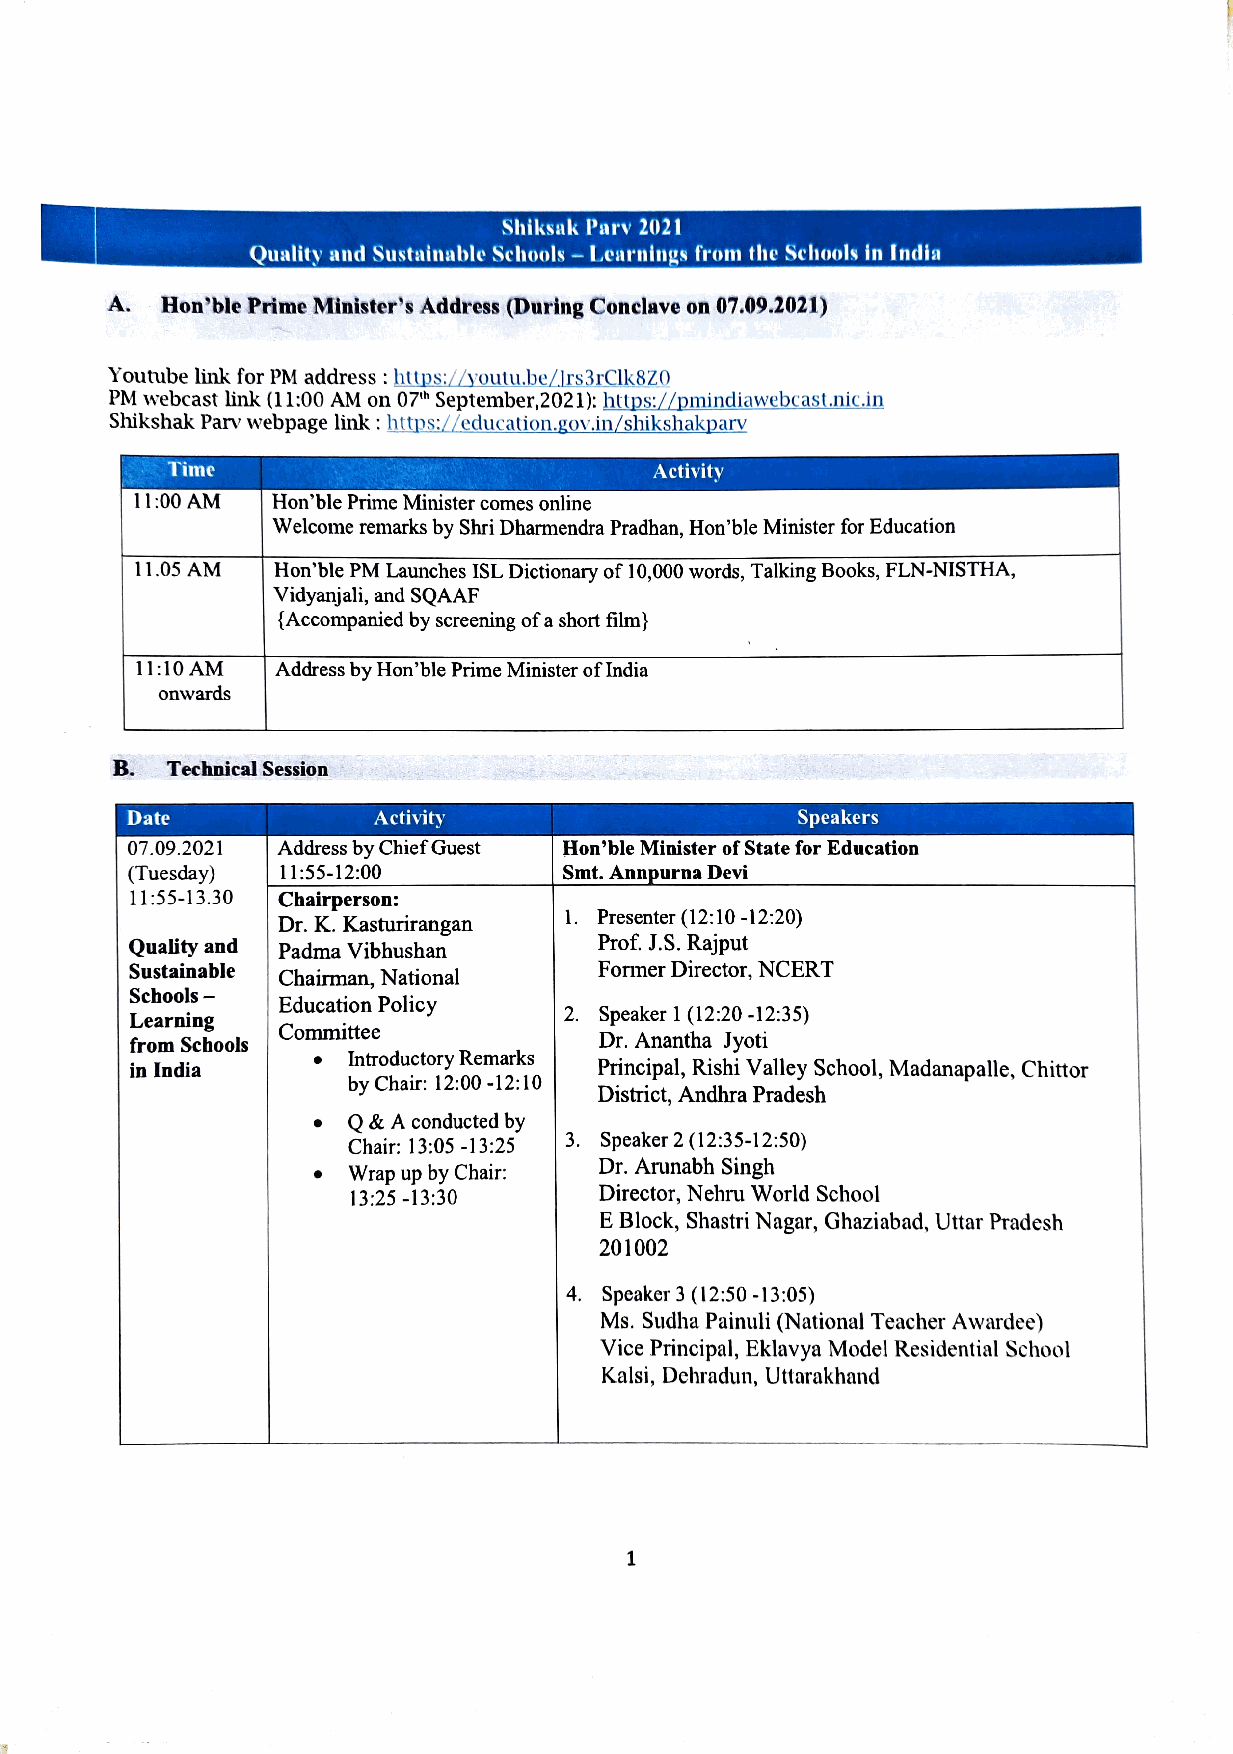
Shiksak Parv 2021
 Quality and Sustainable Schools -Learnings from the Schools in India
 A.  Hon'ble Prime Minister's Address (During Conclave on 07.09.2021)
 Youtube link for PM address: https://youtu.be/lrs3rClk8zo
 PMw ebcast link (11:00 AM on 07h September,2021): https://pmindiawebcast.nic.in
 Shikshak Parv webpage link : https://education.gov.in/shikshakparv
 Time                            Activity
 11:00 AM Hon'ble Prime Minister comes online
 Welcome remarks by Shri DharmendraPradhan, Hon'ble Minister for Education
 11.05 AM Hon'ble PM Launches ISL Dictionary of 10,000 words, Talking Books, FLN-NISTHA,
 Vidyanjali, and SQAAF
 {Accompanied by screening of a short film}
 11:10 AMM Address by Hon'ble Prime Minister of India
 onwards
 B.  Technical Session
 Date             Activity                    Speakers
 07.09.2021 Address by Chief Guest Hon'ble Minister of State for Education
 (Tuesday) 11:55-12:00        Smt. Annpurna Devi
 11:55-13.30 Chairperson:
 1. Presenter( 12:10-12:20)
 Dr. K. Kasturirangan
 Prof. J.S. Rajput
 Quality and Padma Vibhushan
 Sustainable                     Former Director, NCERT
 Chairman, National
 Schools-
 Education Policy
 2. Speaker 1 (12:20 -12:35)
 Learning
 Committee
 Dr. Anantha Jyoti
 from Sehools
 Introductory Remarks
 in India                      Principal, Rishi Valley School, Madanapalle, Chittor
 byC hair: 12:00 -12:10
 District, Andhra Pradesh
 Q& A conducted by
 3. Speaker 2 (12:35-12:50)
 Chair: 13:05 -13:25
 Dr. Arunabh Singh
 Wrap up by Chair:
 Director, Nehru World School
 13:25 -13:30
 E Block, Shastri Nagar, Ghaziabad, Uttar Pradesh
 201002
 4. Speaker 3 (12:50 -13:05)
 Ms. Sudha Painuli (National Teacher Awardee)
 Vice Principal, Eklavya Model Residential School
 Kalsi, Dehradun, Uttarakhand
 1